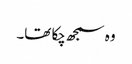
وہ سمجھ چکا تھا۔